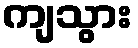
ကျသွား